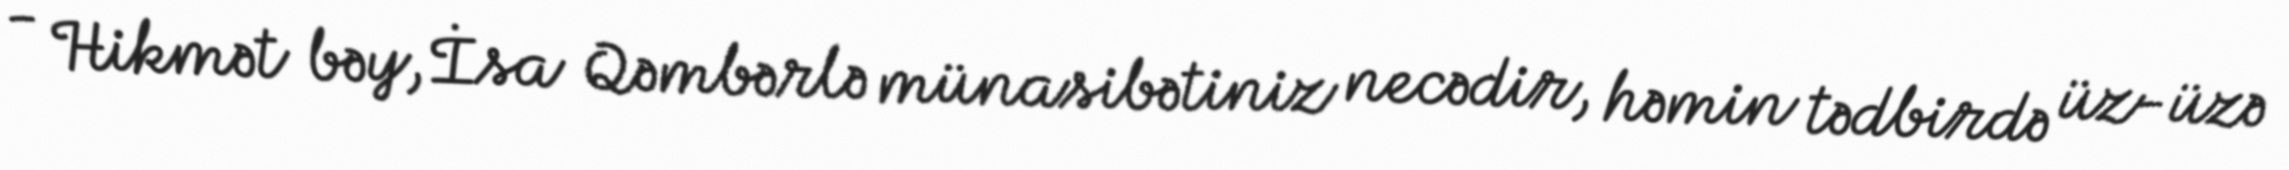
- Hikmət bəy, İsa Qəmbərlə münasibətiniz necədir, həmin tədbirdə üz-üzə